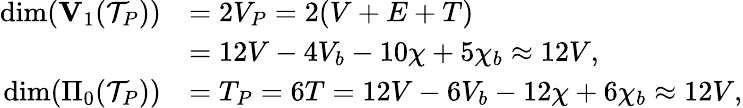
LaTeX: \begin{array}{rl}{\dim({\mathbf V}_{1}({\mathcal T}_{{P}}))}&{=2V_{P}=2(V+E+T)}\\ &{=12V-4V_{b}-10\chi+5\chi_{b}\approx 12V,}\\ {\dim(\Pi_{0}({\mathcal T}_{{P}}))}&{=T_{P}=6T=12V-6V_{b}-12\chi+6\chi_{b}\approx 12V,}\end{array}